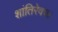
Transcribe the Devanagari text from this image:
शांतिरेवच।